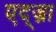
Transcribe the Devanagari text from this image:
एद्ज्ना